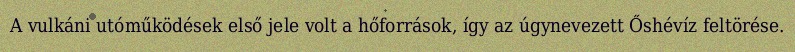
A vulkáni utóműködések első jele volt a hőforrások, így az úgynevezett Őshévíz feltörése.